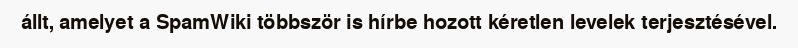
állt, amelyet a SpamWiki többször is hírbe hozott kéretlen levelek terjesztésével.